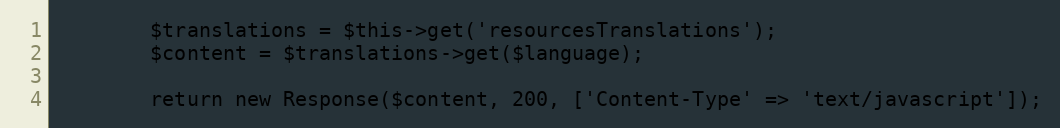
Language: PHP
        $translations = $this->get('resourcesTranslations');
        $content = $translations->get($language);

        return new Response($content, 200, ['Content-Type' => 'text/javascript']);